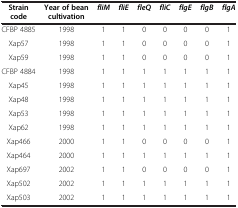
<table><thead><tr><td><b>Strain code</b></td><td><b>Year of bean cultivation</b></td><td><b><i>fliM</i></b></td><td><b><i>fliE</i></b></td><td><b><i>fleQ</i></b></td><td><b><i>fliC</i></b></td><td><b><i>flgE</i></b></td><td><b><i>flgB</i></b></td><td><b><i>flgA</i></b></td></tr></thead><tbody><tr><td>CFBP 4885</td><td>1998</td><td>1</td><td>1</td><td>0</td><td>0</td><td>0</td><td>0</td><td>1</td></tr><tr><td>Xap57</td><td>1998</td><td>1</td><td>1</td><td>0</td><td>0</td><td>0</td><td>0</td><td>1</td></tr><tr><td>Xap59</td><td>1998</td><td>1</td><td>1</td><td>0</td><td>0</td><td>0</td><td>0</td><td>1</td></tr><tr><td>CFBP 4884</td><td>1998</td><td>1</td><td>1</td><td>1</td><td>1</td><td>1</td><td>1</td><td>1</td></tr><tr><td>Xap45</td><td>1998</td><td>1</td><td>1</td><td>1</td><td>1</td><td>1</td><td>1</td><td>1</td></tr><tr><td>Xap48</td><td>1998</td><td>1</td><td>1</td><td>1</td><td>1</td><td>1</td><td>1</td><td>1</td></tr><tr><td>Xap53</td><td>1998</td><td>1</td><td>1</td><td>1</td><td>1</td><td>1</td><td>1</td><td>1</td></tr><tr><td>Xap62</td><td>1998</td><td>1</td><td>1</td><td>1</td><td>1</td><td>1</td><td>1</td><td>1</td></tr><tr><td>Xap466</td><td>2000</td><td>1</td><td>1</td><td>0</td><td>0</td><td>0</td><td>0</td><td>1</td></tr><tr><td>Xap464</td><td>2000</td><td>1</td><td>1</td><td>1</td><td>1</td><td>1</td><td>1</td><td>1</td></tr><tr><td>Xap697</td><td>2002</td><td>1</td><td>1</td><td>0</td><td>0</td><td>0</td><td>0</td><td>1</td></tr><tr><td>Xap502</td><td>2002</td><td>1</td><td>1</td><td>1</td><td>1</td><td>1</td><td>1</td><td>1</td></tr><tr><td>Xap503</td><td>2002</td><td>1</td><td>1</td><td>1</td><td>1</td><td>1</td><td>1</td><td>1</td></tr></tbody></table>